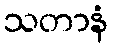
သတာနံ